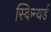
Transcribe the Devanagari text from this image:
स्किन्यर्ड